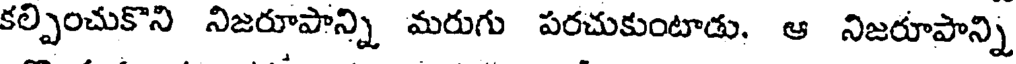
కల్పించుకొని నిజరూపాన్ని మరుగు పరచుకుంటాడు, ఆ నిజరూపాన్ని